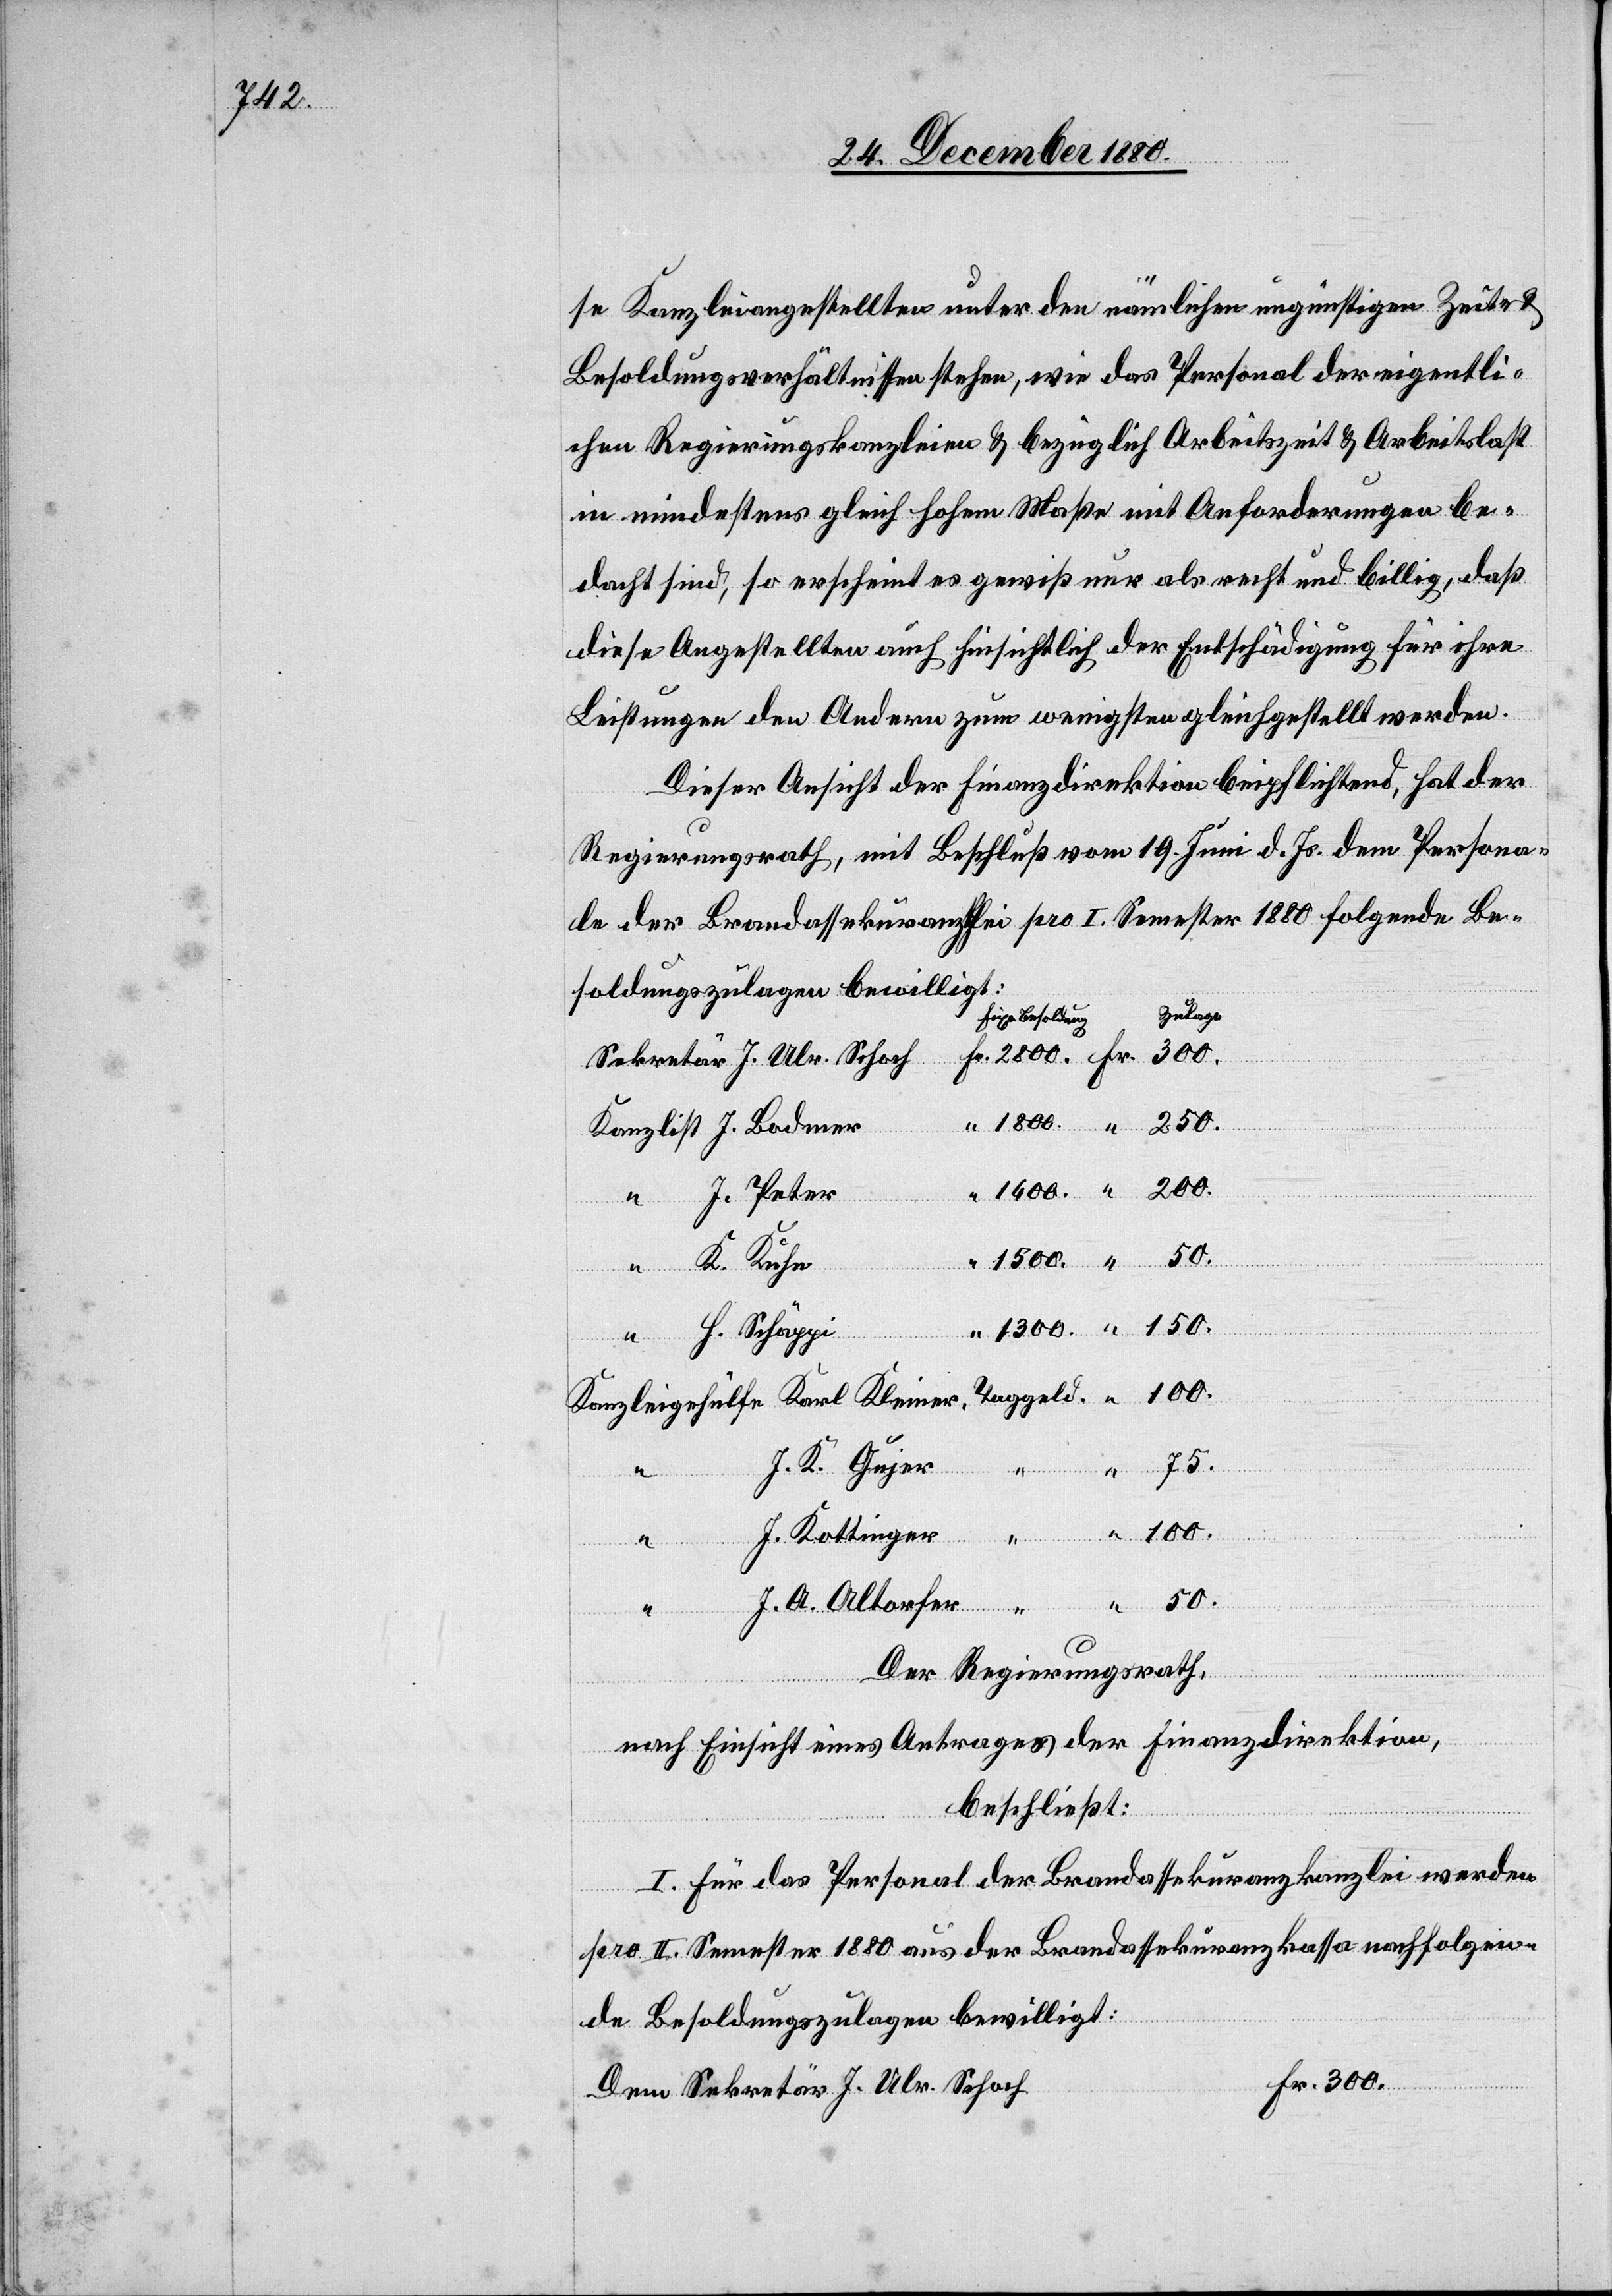
se Kanzleiangestellten unter den nämlichen ungünstigen Zeit- &
Besoldungsverhältnissen stehen, wie das Personal der eigentli¬
chen Regierungskanzleien & bezüglich Arbeitszeit & Arbeitslast
in mindestens gleich hohem Maße mit Anforderungen be¬
dacht sind, so erscheint es gewiß nur als recht und billig, daß
diese Angestellten auch hinsichtlich der Entschädigung für ihre
Leistungen den Andern zum wenigsten gleichgestellt werden.
Dieser Ansicht der Finanzdirektion beipflichtend, hat der
300.
Regierungsrath, mit Beschluß vom 19. Juni d. Js. dem Persona¬
le der Brandassekuranz[kanz]lei pro I. Semester 1880 folgende Be¬
soldungszulagen bewilligt:
Zulage
fixe Besoldung
J. Peter
Sekr¬
Ulr. Schoch
Fr.
H. Schäppi
Kleiner,
75.
J. K. Gujer
etär
J. Kottinger
J. A. Altorfer
Der Regierungsrath,
nach Einsicht eines Antrages der Finanzdirektion,
beschließt:
I. Für das Personal der Brandassekuranzkanzlei werden
pro II. Semester 1880 aus der Brandassekuranzkassa nachfolgen¬
de Besoldungszulagen bewilligt:
Dem